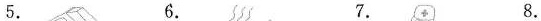
5. 6. 7. 8.